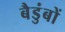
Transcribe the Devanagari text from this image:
बैडुंबों